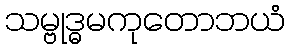
သမ္ဗုဒ္ဓမကုတောဘယံ